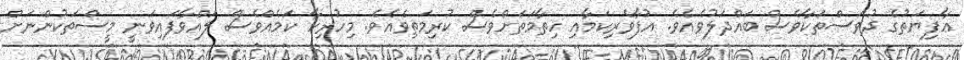
ޢާފިޔަތުގެ ދުވަސްތަކާވެސް ބައްދަލުވެއެވެ. އުފާވެރިކަމާއި ހިތާމަތަށްވެސް ކުރިމަތިވެއެވެ. މިހުރިހާ ކަމެއްވެސް ލައްވާފައިވަނީ މީސްތަކުންނަށް